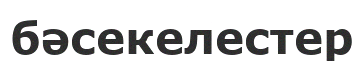
бәсекелестер